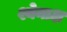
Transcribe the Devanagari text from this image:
श्येनाक्ष